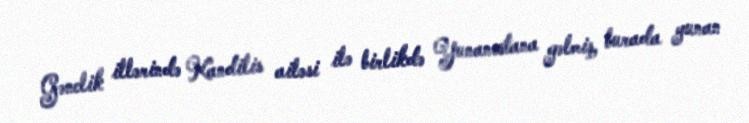
Gənclik illərində Kandilis ailəsi ilə birlikdə Yunanıstana gəlmiş, burada yunan